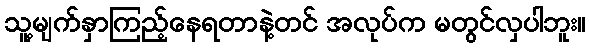
သူ့မျက်နှာကြည့်နေရတာနဲ့တင် အလုပ်က မတွင်လှပါဘူး။